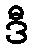
ဒီ